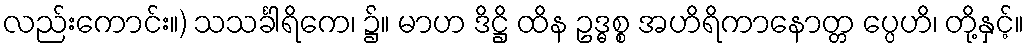
လည်းကောင်း။) သသင်္ခါရိကေ၊ ၌။ မာဟ ဒိဋ္ဌိ ထိန ဥဒ္ဓစ္စ အဟိရိကာနောတ္တ ပ္ပေဟိ၊ တို့နှင့်။